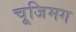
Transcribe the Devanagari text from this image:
चूजिमग